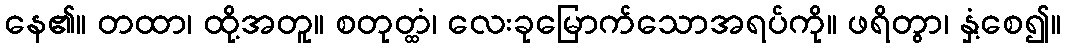
နေ၏။ တထာ၊ ထို့အတူ။ စတုတ္ထံ၊ လေးခုမြောက်သောအရပ်ကို။ ဖရိတွာ၊ နှံ့စေ၍။